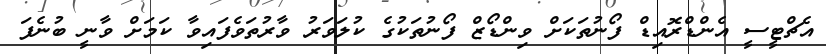
އެޗްޓީސީ އެންޑްރޮއިޑް ފޯނުތަކަށް ވިންޑޯޒް ފޯނުތަކުގެ ކުލަވަރު ވާރުތަވެފައިވާ ކަމަށް ވާނީ ބުނެފަ